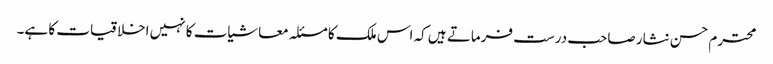
محترم حسن نثار صاحب درست فرماتے ہیں کہ اس ملک کا مسئلہ معاشیات کا نہیں اخلاقیات کا ہے۔